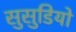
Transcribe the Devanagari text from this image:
सुसुडियो